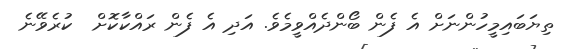
ތިޔަބައިމީހުންނަށް އެ ފެން ބޯންދެއްވީމެވެ. އަދި އެ ފެން ރައްކާކޮށް  ކުރެވޭނެ